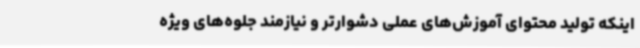
اینکه تولید محتوای آموزش‌های عملی دشوارتر و نیازمند جلوه‌های ویژه